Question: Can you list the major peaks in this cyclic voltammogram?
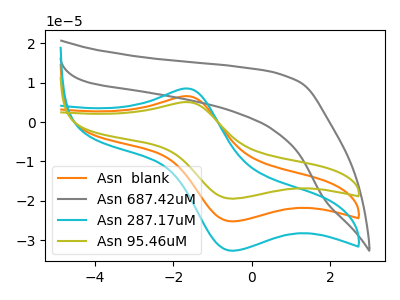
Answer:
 <answer>The orange curve "Asn  blank" has an anodic peak at (-1.65V, 6.60uA) and a cathodic peak at (-0.45V, -25.20uA). The gray curve "Asn 687.42uM" has no peaks. The cyan curve "Asn 287.17uM" has an anodic peak at (-1.65V, 8.55uA) and a cathodic peak at (-0.45V, -32.65uA). The olive curve "Asn 95.46uM" has an anodic peak at (-1.65V, 13.15uA) and a cathodic peak at (-0.45V, -50.45uA).</answer>
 <eval></eval>